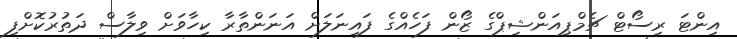
އިންޓަ ރިސޯޓް ޗެމްޕިއަންޝިޕްގެ ޒޯން ފަހެއްގެ ފައިނަލަށް އަނަންތާރާ ކިހާވަށް ވިލާސް ދަތުރުކޮށްފި